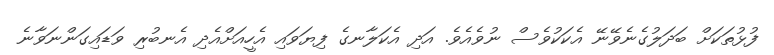
ފުޅުތަކަށް ބަދަލުގެނެވޭނޭ އެކަކުވެސް ނުވެއެވެ. އަދި އެކަލާނގެ ފިޔަވައި އެހީއަށްއެދި އެނބުރި ވަޑައިގަންނަވާނެ